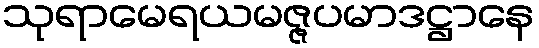
သုရာမေရယမဇ္ဇပမာဒဋ္ဌာနေ